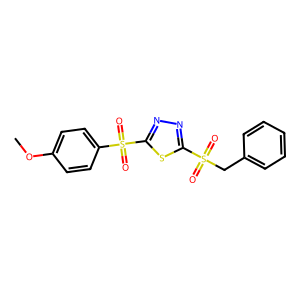
SMILES: COc1ccc(S(=O)(=O)c2nnc(S(=O)(=O)Cc3ccccc3)s2)cc1
Inhibits HIV replication: No